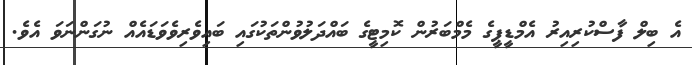
އެ ބިލް ފާސްކުރިއިރު އެމްޑީޕީގެ މެމްބަރުން ކޮމިޓީގެ ބައްދަލުވުންތަކުގައި ބައިވެރިވެވަޑައެއް ނުގަންނަވަ އެވެ.